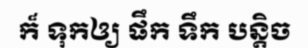
ក៏ ទុកឲ្យ ផឹក ទឹក បន្តិច